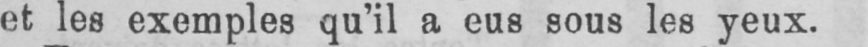
et les exemples qu’il a eus sous les yeux.